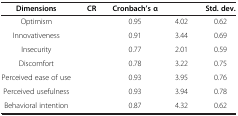
<table><thead><tr><td><b>Dimensions</b></td><td><b>CR</b></td><td><b>Cronbach’s α</b></td><td>[EMPTY_CELL]</td><td><b>Std. dev.</b></td></tr></thead><tbody><tr><td>Optimism</td><td>[EMPTY_CELL]</td><td>0.95</td><td>4.02</td><td>0.62</td></tr><tr><td>Innovativeness</td><td>[EMPTY_CELL]</td><td>0.91</td><td>3.44</td><td>0.69</td></tr><tr><td>Insecurity</td><td>[EMPTY_CELL]</td><td>0.77</td><td>2.01</td><td>0.59</td></tr><tr><td>Discomfort</td><td>[EMPTY_CELL]</td><td>0.78</td><td>3.22</td><td>0.75</td></tr><tr><td>Perceived ease of use</td><td>[EMPTY_CELL]</td><td>0.93</td><td>3.95</td><td>0.76</td></tr><tr><td>Perceived usefulness</td><td>[EMPTY_CELL]</td><td>0.93</td><td>3.94</td><td>0.78</td></tr><tr><td>Behavioral intention</td><td>[EMPTY_CELL]</td><td>0.87</td><td>4.32</td><td>0.62</td></tr></tbody></table>